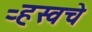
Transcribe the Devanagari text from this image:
ऱ्हस्वचे